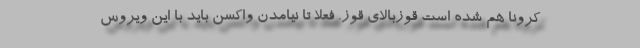
کرونا هم شده است قوزبالای قوز. فعلا تا نیامدن واکسن باید با این ویروس